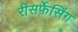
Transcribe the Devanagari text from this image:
रीसर्फ़ेसिंग